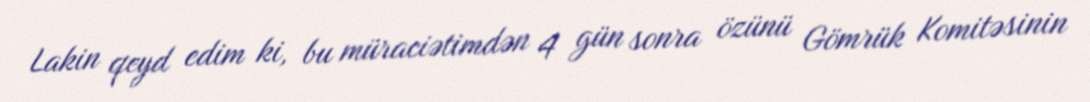
Lakin qeyd edim ki, bu müraciətimdən 4 gün sonra özünü Gömrük Komitəsinin